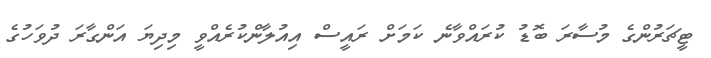
ޓީޗަރުންގެ މުސާރަ ބޮޑު ކުރައްވާނެ ކަމަށް ރައީސް އިއުލާންކުރެއްވީ މިދިޔަ އަންގާރަ ދުވަހުގެ